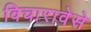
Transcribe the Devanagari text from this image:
विचारावेसे